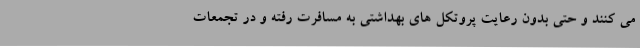
می کنند و حتی بدون رعایت پروتکل های بهداشتی به مسافرت رفته و در تجمعات